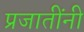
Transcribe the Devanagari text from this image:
प्रजातींनी